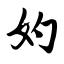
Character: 妁